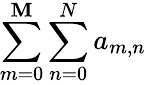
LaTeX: \sum\limits_{m=0}^{\mathbf{M}}\sum\limits_{n=0}^{N}a_{m,n}